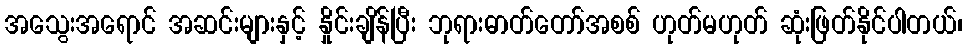
အသွေးအရောင် အဆင်းများနှင့် နှိုင်းချိန်ပြီး ဘုရားဓာတ်တော်အစစ် ဟုတ်မဟုတ် ဆုံးဖြတ်နိုင်ပါတယ်၊